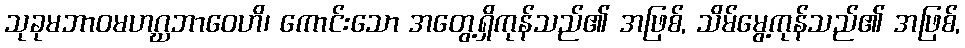
သုခုမဘာဝမဟဂ္ဃဘာဝေဟိ၊ ကောင်းသော အတွေ့ရှိကုန်သည်၏ အဖြစ်, သိမ်မွေ့ကုန်သည်၏ အဖြစ်,